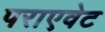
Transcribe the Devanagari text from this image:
पराएवेट